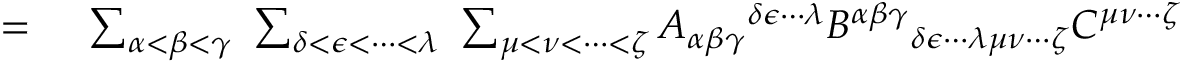
\begin{array} { r l } { = { } } & { { } \sum _ { \alpha < \beta < \gamma } ~ \sum _ { \delta < \epsilon < \cdots < \lambda } ~ \sum _ { \mu < \nu < \cdots < \zeta } A _ { \alpha \beta \gamma } { } ^ { \delta \epsilon \cdots \lambda } B ^ { \alpha \beta \gamma } { } _ { \delta \epsilon \cdots \lambda \mu \nu \cdots \zeta } C ^ { \mu \nu \cdots \zeta } } \end{array}